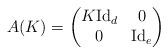
LaTeX: \begin{align*} A(K) = \begin{pmatrix}K \mathrm{Id}_d & 0 \\ 0& \mathrm{Id}_e\end{pmatrix}\end{align*}